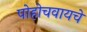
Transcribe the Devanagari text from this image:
पोहोचवायचे